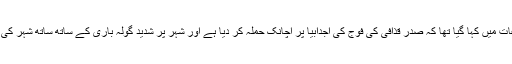
اس سے پہلے موصول ہونے والی اطلاعات میں کہا گیا تھا کہ صدر قذافی کی فوج کی اجدابیا پر اچانک حملہ کر دیا ہے اور شہر پر شدید گولہ باری کے ساتھ ساتھ شہر کی سڑکوں پر فوج تعینات کر دی گئی ہے۔